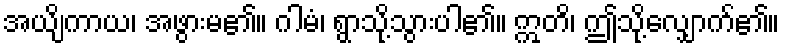
အယျိကာယ၊ အဖွားမ၏။ ဂါမံ၊ ရွာသို့သွားပါ၏။ ဣတိ၊ ဤသို့လျှောက်၏။